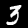
Label: 3